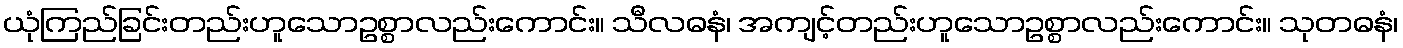
ယုံကြည်ခြင်းတည်းဟူသောဥစ္စာလည်းကောင်း။ သီလဓနံ၊ အကျင့်တည်းဟူသောဥစ္စာလည်းကောင်း။ သုတဓနံ၊